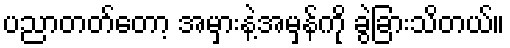
ပညာတတ်တော့ အမှားနဲ့အမှန်ကို ခွဲခြားသိတယ်။